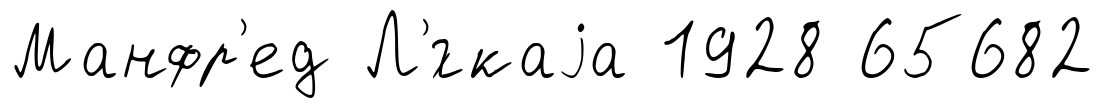
Манфр'ед Л'́гкаjа 1928 65682